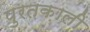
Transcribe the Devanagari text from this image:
पुरतक़ाली